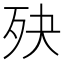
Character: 𣧎